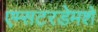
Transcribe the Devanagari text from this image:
एम्सटरडेमशे